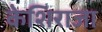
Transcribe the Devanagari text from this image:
केशिराजा